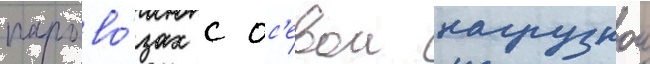
парово́зах с ос'евои нагрузкои